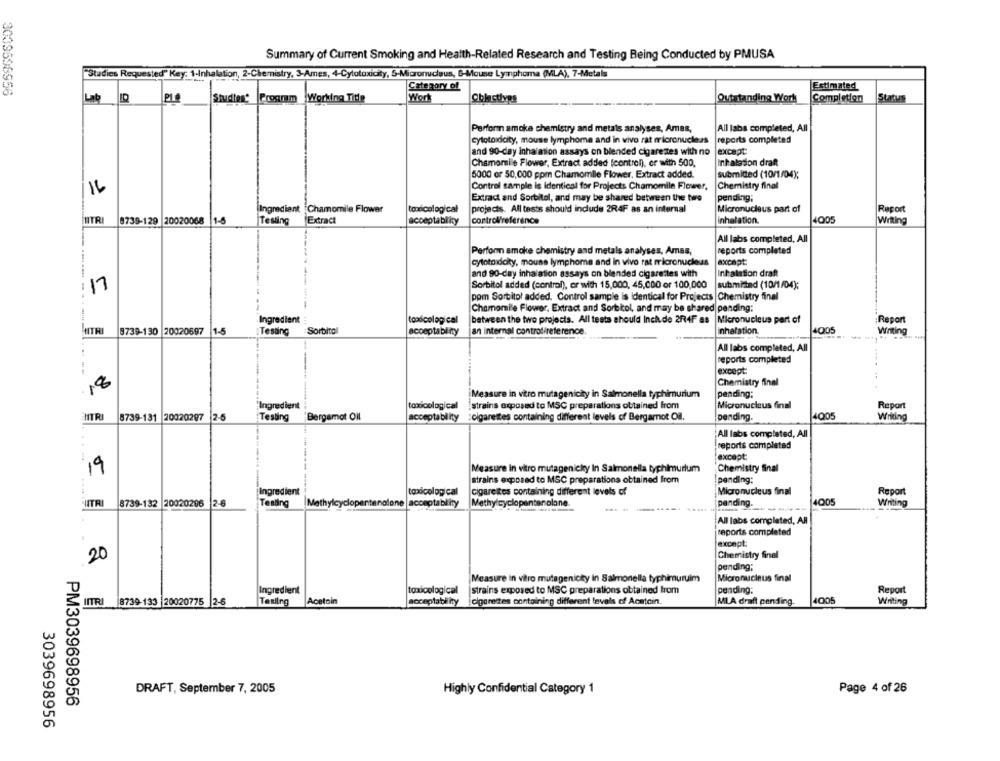
Summary of Current Smoking and Health-Related Research and Testing Being Conducted by PMUSA
"Studies Requested" Key: 1-Inhalation, 2-Chemistry, 3-Ames, 4-Cytotoxicity, 5-Micronucleus, 6-Mouse Lymphoma (MLA), 7-Metals
Category of
3039596956
Estimated
Lab
PLO
Studies Program Working Title
Worl
Obhictlyps
Outstanding Work
Completion
Performn smoke chemistry and metals analyses, Amas,
All labs completed, All
cytotoidcity, mouse lymphoma and in vivo rat micronucleus
reports completed
and 90-day inhalation assays on blended cigarettes with no
except
Chamomile Flower, Extract added (control), er with 500,
Inhalation draft
5000 or 50,000 ppm Chamomile Flower, Extract added.
submitted (10/1/04);
16
Control sample is identical for Projects Chamomile Flower,
Chemistry final
Extract and Sorbitol, and may be shared between the two
pending;
Ingredient Chamomile Flower
toxicological
projects. All tests should include 2R4F as an internal
Micronucleus part of
Report
NITRI 8739-129 20020068 1-5
Testing
Extract
acceptability
control'reference
inhalation.
4005
Writing
All labs completed, All
Perfonn smoke chemistry and metals analyses, Amas,
reports completed
cytotoidcity, mouse lymphoma and in vivo rat micronucleus
except
and 90-day inhalation assays on blended cigarettes with
Inhalation draft
: 17
Sorbitol added (control), or with 15,000, 45,000 or 100,000
submitted (10/1/04);
pom Sorbitol added. Control sample is identical for Projects Chemistry final
--------
Chamomile Flower, Extract and Sorbitol, and may be shared pending:
Ingredient
|between the two projects. All tests should Inch. de 2R4F as
Micronucleus part of
;Report
NITRI
9739-130 20020697
1-5
Testing
Sorbitol
acceptability
an internal controlireference
nhalation
4005
Writing
All labs completed, All
reports completed
---
except
18
Chemistry final
Measure in vitro mutagenicity in Salmonella typhimurium
pending:
"Ingredient
Micronucleus final
toxicological
strains exposed to MSC preparations obtained from
Report
HTRI
8739-131 20020297
2-5
Testing
Bergamot Oil
acceptability
:cigarettes containing different levels of Bergamot Oil.
pending.
4005
Writing
All labs completed, All
reports completed
except:
19
Measure In vitro mutagenicky In Salmonella typhimurium
Chemistry Sinal
strains exposed to MSC preparations obtained from
pending:
....
Ingredient
toxicological
cigarettes containing different levels of
Micronucleus final
Report
NITRI
8739-132 20020206 2-8
Testing
Methylcycloper
alone |aconptability
Methylcyclopanten olone
pending.
4005
All labs completed, AR
reports completed
except:
Chemistry final
20
pending;
Measure in vitro mutagenicty in Salmonella typhimuruim
Micronucleus final
Ingredient
toxicological
strains exposed to MSC preparations obtained from
pending:
Report
Taxiing
Acetoin
acceptabl ity
cigarettes containing different levels of Acatoin.
MLA draft pending.
4005
Writing
IITRI 8739-133 20020775 2-6
DRAFT, September 7, 2005
Highly Confidential Category 1
Page 4 of 26
PM3039698956
3039698956